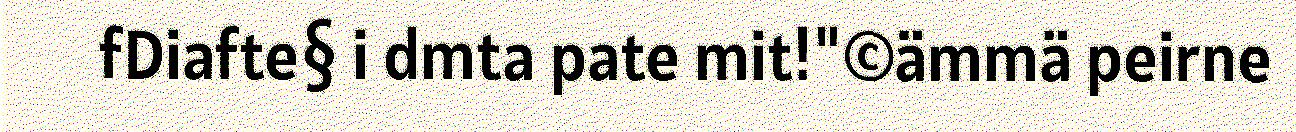
fDiafte§ i dmta pate mit!"©ämmä peirne